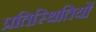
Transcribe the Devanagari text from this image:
प्रतिस्थितियों